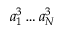
a _ { 1 } ^ { 3 } \ldots { } a _ { N } ^ { 3 }